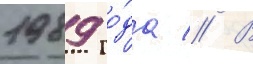
1989 го́да // В